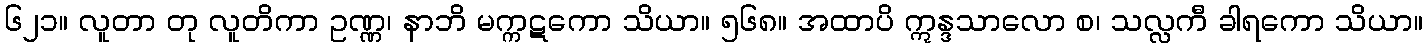
၆၂၁။ လူတာ တု လူတိကာ ဥဏ္ဏ၊ နာဘိ မက္ကဋကော သိယာ။ ၅၆၈။ အထာပိ ဣန္ဒသာလော စ၊ သလ္လကီ ခါရကော သိယာ။